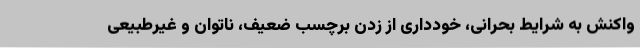
واکنش به شرایط بحرانی، خودداری از زدن برچسب ضعیف، ناتوان و غیرطبیعی